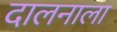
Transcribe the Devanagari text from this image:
दालनाला